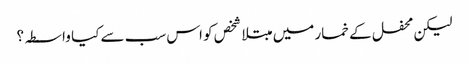
لیکن محفل کے خمار میں مبتلا شخص کو اس سب سے کیا واسطہ؟